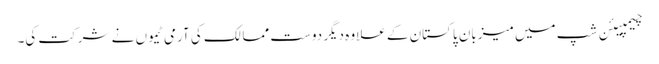
چیمپیئن شپ میں میزبان پاکستان کے علاوہ دیگر دوست ممالک کی آرمی ٹیموں نے شرکت کی۔